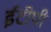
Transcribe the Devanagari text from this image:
ईटीपी